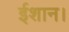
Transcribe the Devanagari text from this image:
ईशान।